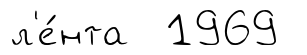
л'е́нта 1969